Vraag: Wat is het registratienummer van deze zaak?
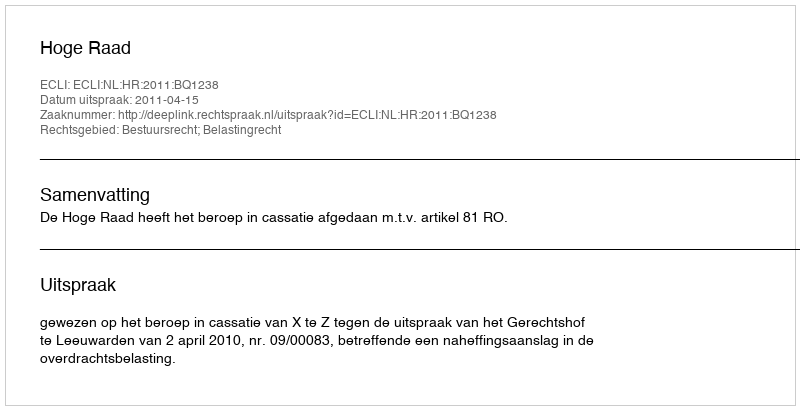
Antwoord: http://deeplink.rechtspraak.nl/uitspraak?id=ECLI:NL:HR:2011:BQ1238